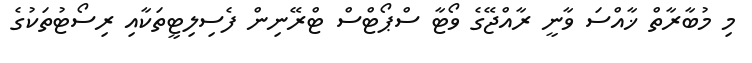
މި މުބާރާތް ޚާއްސަ ވާނީ ރާއްޖޭގެ ވޯޓާ ސްޕޯޓްސް ޓްރޭނިން ފެސިލިޓީތަކާއި ރިސޯޓުތަކުގެ